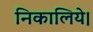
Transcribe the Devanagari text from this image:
निकालिये।